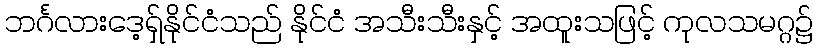
ဘင်္ဂလားဒေ့ရှ်နိုင်ငံသည် နိုင်ငံ အသီးသီးနှင့် အထူးသဖြင့် ကုလသမဂ္ဂ၌